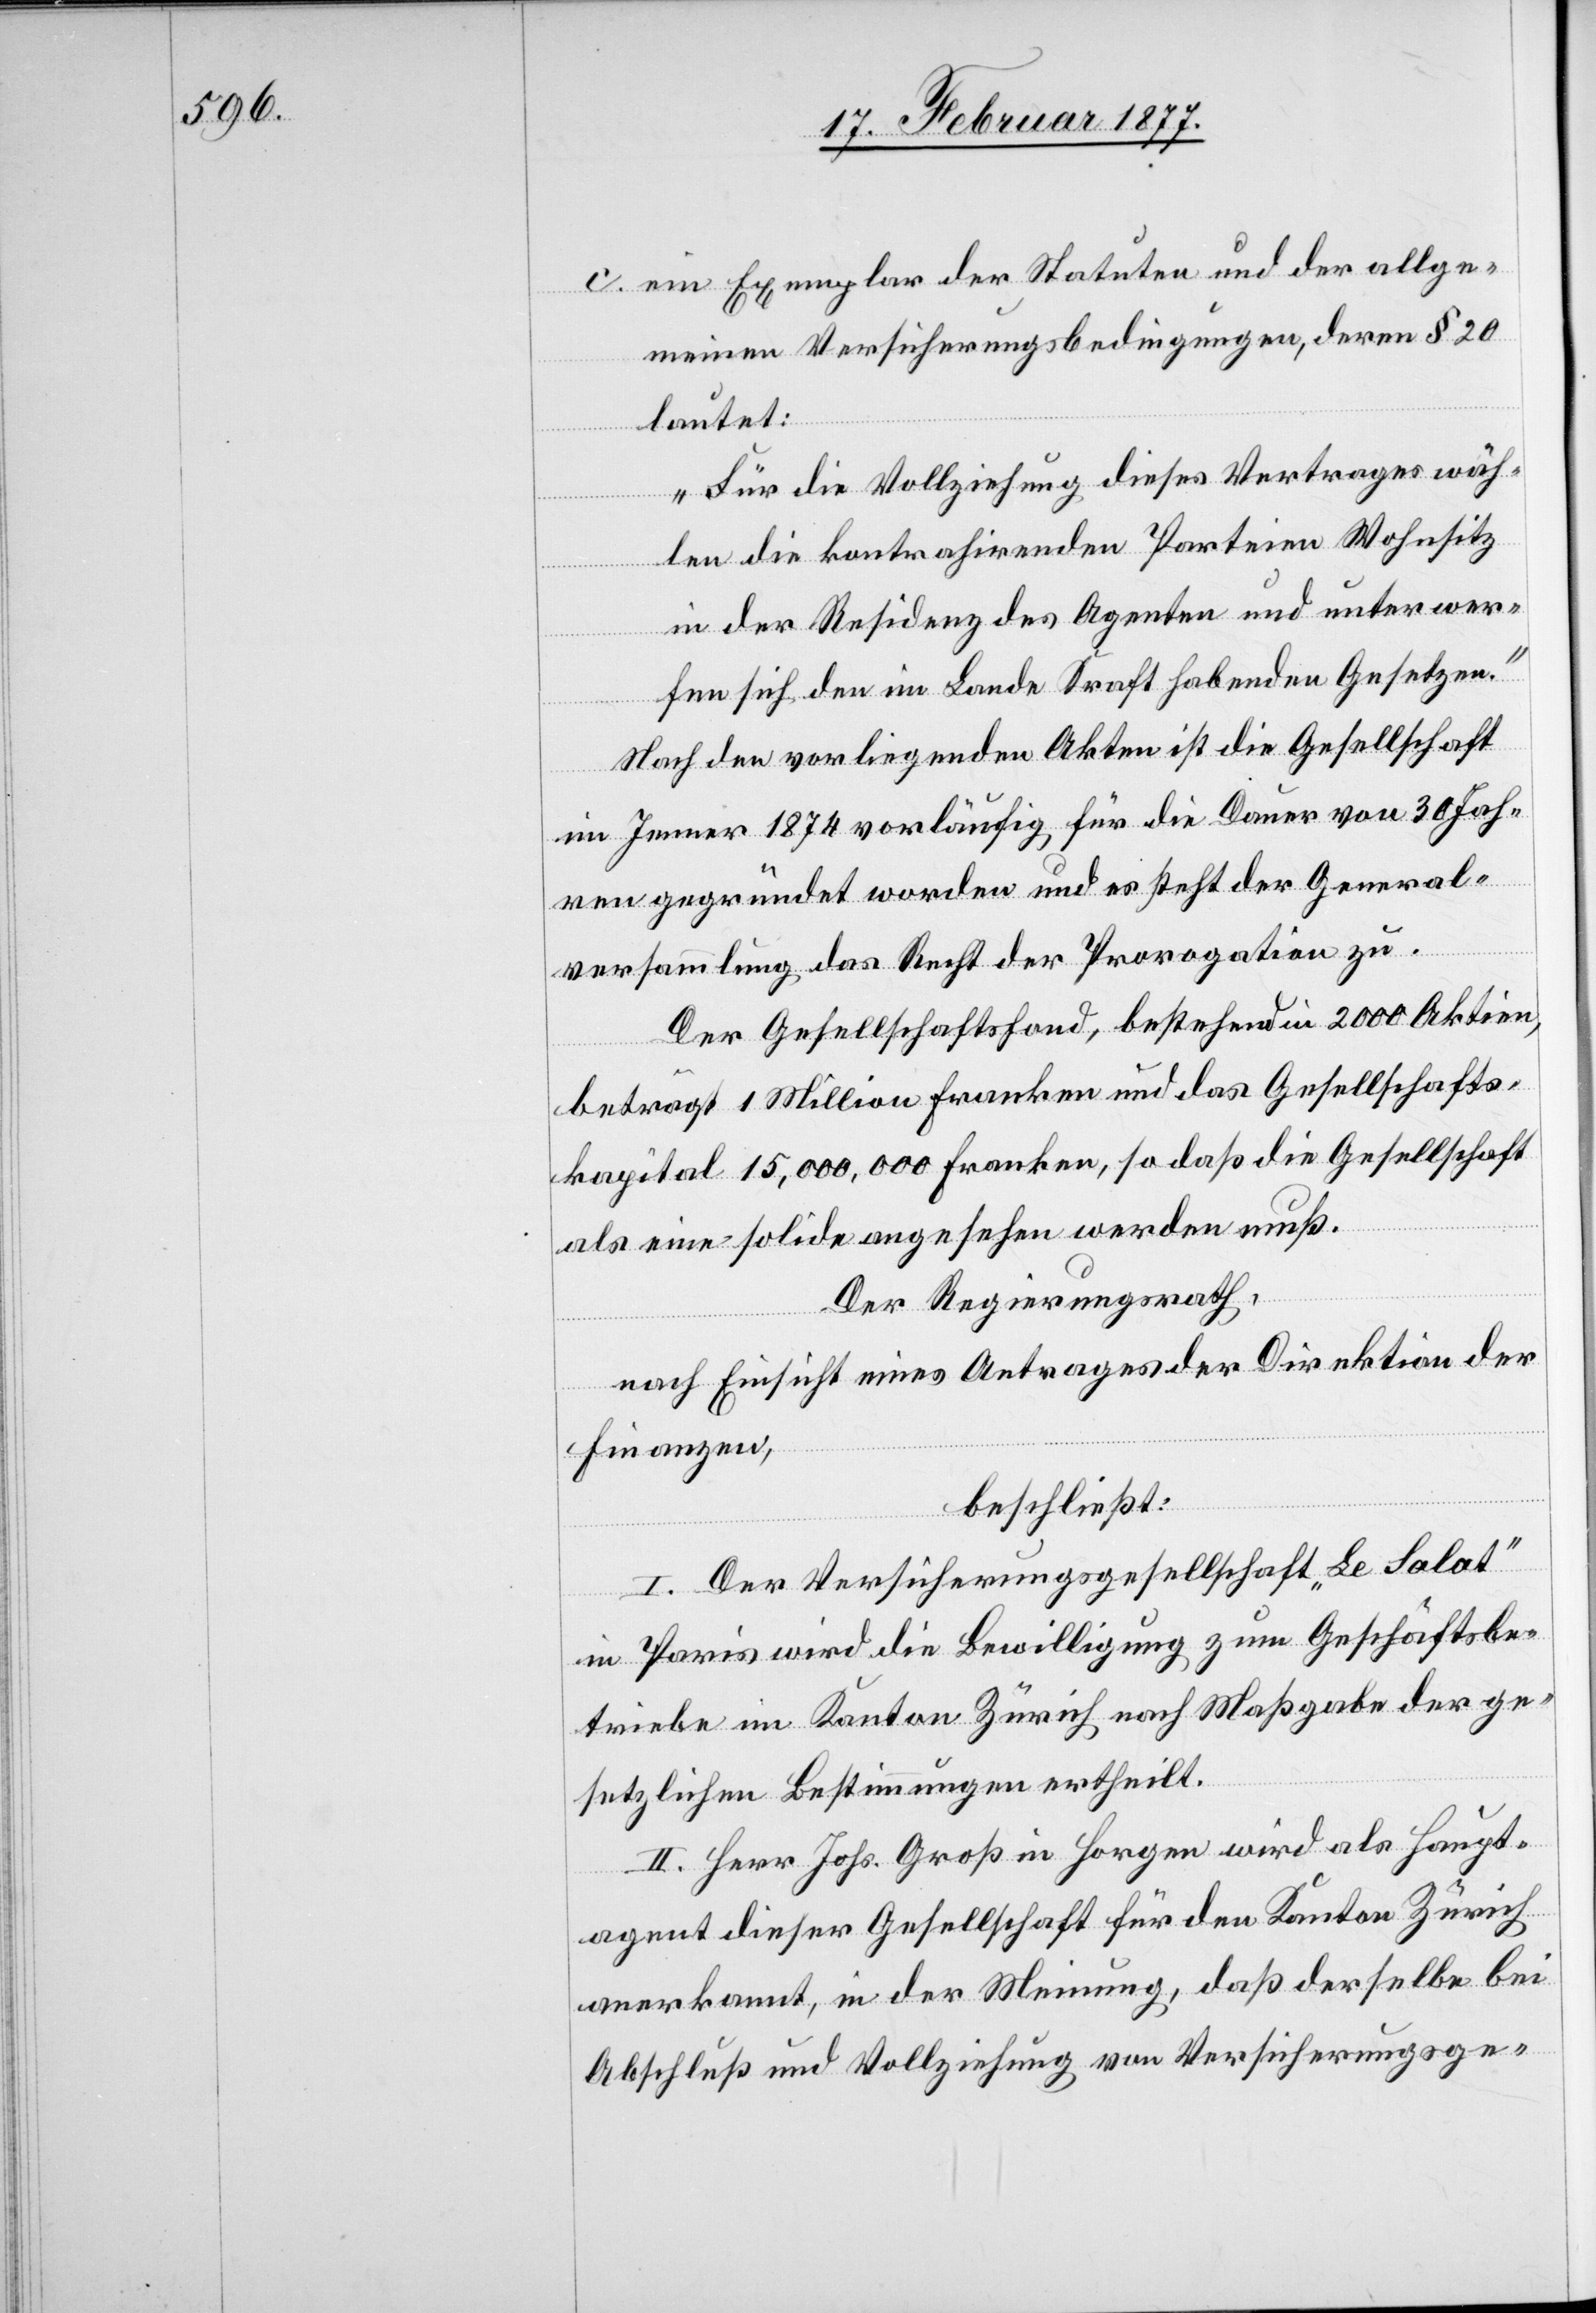
c. ein Exemplar der Statuten und der allge¬
meinen Versicherungsbedingungen, deren § 20
lautet:
„Für die Vollziehung dieses Vertrages wäh¬
len die kontrahirenden Parteien Wohnsitz
in der Residenz des Agenten und unterwer¬
fen sich den im Lande Kraft habenden Gesetzen.“
Nach den vorliegenden Akten ist die Gesellschaft
im Jenner 1874 vorläufig für die Dauer von 30 Jah¬
ren gegründet worden und es steht der General¬
versammlung das Recht der Prorogation zu.
Der Gesellschaftsfond, bestehend in 2000 Aktien,
beträgt 1 Million Franken und das Gesellschafts¬
kapital 15,000,000 Franken, so daß die Gesellschaft
als eine solide angesehen werden muß.
Der Regierungsrath,
nach Einsicht eines Antrages der Direktion der
Finanzen,
beschließt:
I. Der Versicherungsgesellschaft „Le Salat“
in Paris wird die Bewilligung zum Geschäftsbe¬
triebe im Kanton Zürich nach Maßgabe der ge¬
setzlichen Bestimmungen ertheilt.
II. Herr Johs. Groß in Horgen wird als Haupt¬
agent dieser Gesellschaft für den Kanton Zürich
anerkannt, in der Meinung, daß derselbe bei
Abschluß und Vollziehung von Versicherungsge-